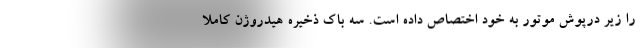
را زیر درپوش موتور به خود اختصاص داده است. سه باک ذخیره هیدروژن کاملا